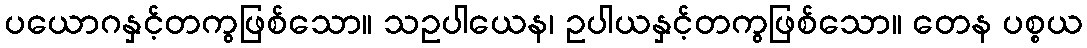
ပယောဂနှင့်တကွဖြစ်သော။ သဥပါယေန၊ ဥပါယနှင့်တကွဖြစ်သော။ တေန ပစ္စယ